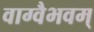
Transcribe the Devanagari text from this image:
वाग्वैभवम्